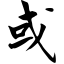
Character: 或